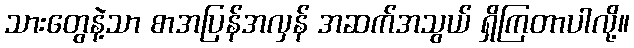
သားတွေနဲ့သာ စာအပြန်အလှန် အဆက်အသွယ် ရှိကြတာပါလို့။